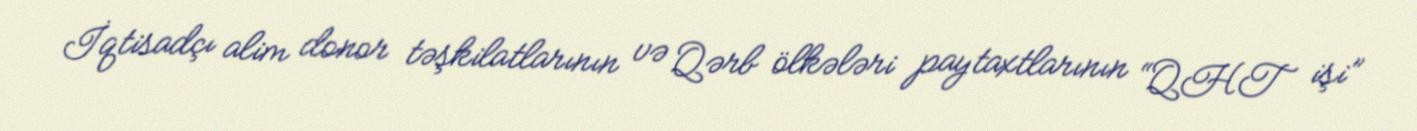
İqtisadçı alim donor təşkilatlarının və Qərb ölkələri paytaxtlarının “QHT işi”